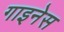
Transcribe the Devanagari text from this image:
गाइनेस